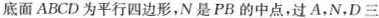
底面ABCD为平行四边形，N是PB的中点，过A，N，D三